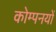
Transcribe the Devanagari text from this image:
कोम्पनयों